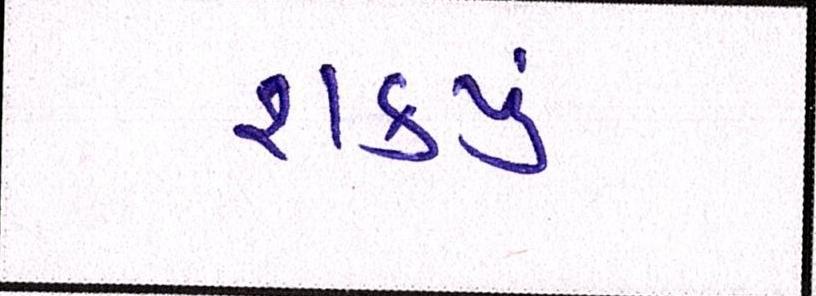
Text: શકયું